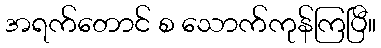
အရက်တောင် စ သောက်ကုန်ကြပြီ။